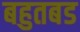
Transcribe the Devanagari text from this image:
बहुतबड